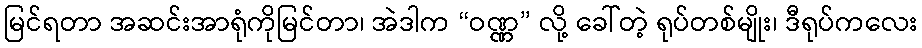
မြင်ရတာ အဆင်းအာရုံကိုမြင်တာ၊ အဲဒါက “ဝဏ္ဏ” လို့ ခေါ်တဲ့ ရုပ်တစ်မျိုး၊ ဒီရုပ်ကလေး